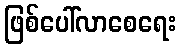
ဖြစ်ပေါ်လာစေရေး